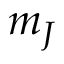
m _ { J }